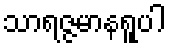
သာရဇ္ဇမာနရူပါ